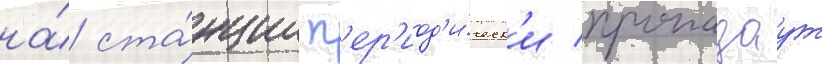
на́ ста́нции п'ер'иод'и́ческ'и пропадаут